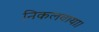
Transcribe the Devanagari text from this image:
निकलवाया।